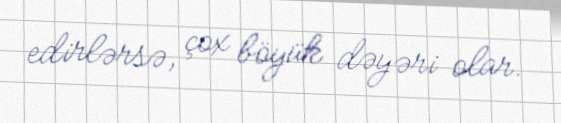
edirlərsə, çox böyük dəyəri olar.